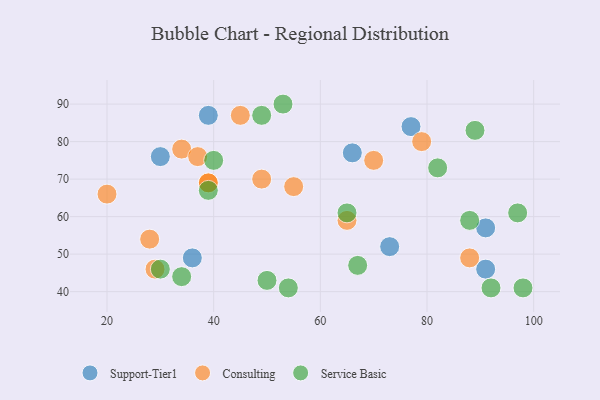
{"axis": {"x": "GDP", "y": "Life Expectancy"}, "legend": ["Consulting", "Service Basic", "Support-Tier1"], "data": [{"x": "39", "y": 87, "type": "Support-Tier1"}, {"x": "77", "y": 84, "type": "Support-Tier1"}, {"x": "30", "y": 76, "type": "Support-Tier1"}, {"x": "66", "y": 77, "type": "Support-Tier1"}, {"x": "36", "y": 49, "type": "Support-Tier1"}, {"x": "73", "y": 52, "type": "Support-Tier1"}, {"x": "91", "y": 46, "type": "Support-Tier1"}, {"x": "91", "y": 57, "type": "Support-Tier1"}, {"x": "49", "y": 70, "type": "Consulting"}, {"x": "45", "y": 87, "type": "Consulting"}, {"x": "34", "y": 78, "type": "Consulting"}, {"x": "20", "y": 66, "type": "Consulting"}, {"x": "88", "y": 49, "type": "Consulting"}, {"x": "29", "y": 46, "type": "Consulting"}, {"x": "39", "y": 69, "type": "Consulting"}, {"x": "28", "y": 54, "type": "Consulting"}, {"x": "37", "y": 76, "type": "Consulting"}, {"x": "65", "y": 59, "type": "Consulting"}, {"x": "55", "y": 68, "type": "Consulting"}, {"x": "39", "y": 69, "type": "Consulting"}, {"x": "70", "y": 75, "type": "Consulting"}, {"x": "79", "y": 80, "type": "Consulting"}, {"x": "34", "y": 44, "type": "Service Basic"}, {"x": "67", "y": 47, "type": "Service Basic"}, {"x": "50", "y": 43, "type": "Service Basic"}, {"x": "30", "y": 46, "type": "Service Basic"}, {"x": "88", "y": 59, "type": "Service Basic"}, {"x": "39", "y": 67, "type": "Service Basic"}, {"x": "89", "y": 83, "type": "Service Basic"}, {"x": "97", "y": 61, "type": "Service Basic"}, {"x": "98", "y": 41, "type": "Service Basic"}, {"x": "65", "y": 61, "type": "Service Basic"}, {"x": "92", "y": 41, "type": "Service Basic"}, {"x": "49", "y": 87, "type": "Service Basic"}, {"x": "54", "y": 41, "type": "Service Basic"}, {"x": "53", "y": 90, "type": "Service Basic"}, {"x": "82", "y": 73, "type": "Service Basic"}, {"x": "40", "y": 75, "type": "Service Basic"}]}